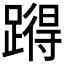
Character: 𰸪